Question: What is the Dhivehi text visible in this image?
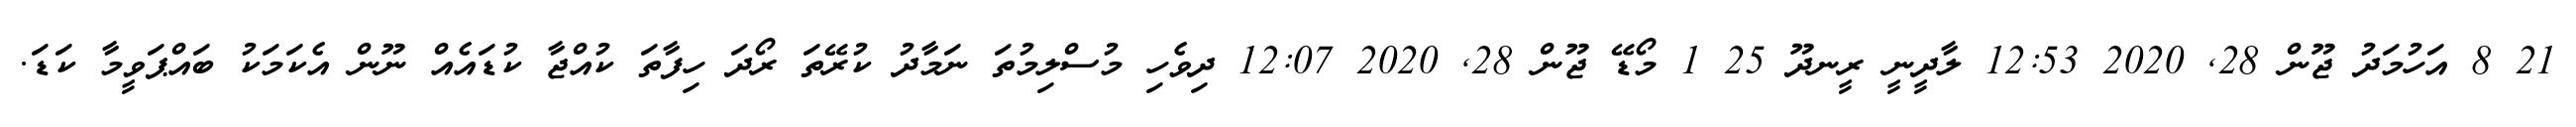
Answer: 21 8 އަހުމަދު ޖޫން 28, 2020 12:53 ލާދީނީ ރީނދޫ 25 1 މޯޑޭ ޖޫން 28, 2020 12:07 ދިވެހި މުސްލިމުތަ ނަމާދު ކުރޭތަ ރޯދަ ހިފާތަ ކުއްޖާ ކުޑައެއް ނޫން އެކަމަކު ބައްޕަވީމާ ކަޑަ.